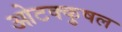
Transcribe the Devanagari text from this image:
ओटक्कुषल